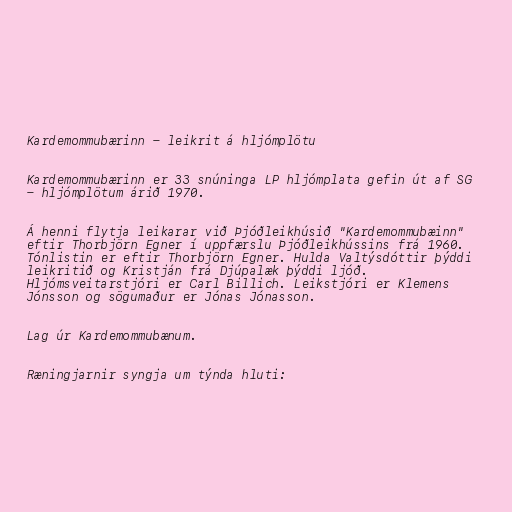
Kardemommubærinn - leikrit á hljómplötu

Kardemommubærinn er 33 snúninga LP hljómplata gefin út af SG
- hljómplötum árið 1970.

Á henni flytja leikarar við Þjóðleikhúsið "Kardemommubæinn"
eftir Thorbjörn Egner í uppfærslu Þjóðleikhússins frá 1960.
Tónlistin er eftir Thorbjörn Egner. Hulda Valtýsdóttir þýddi
leikritið og Kristján frá Djúpalæk þýddi ljóð.
Hljómsveitarstjóri er Carl Billich. Leikstjóri er Klemens
Jónsson og sögumaður er Jónas Jónasson.

Lag úr Kardemommubænum.

Ræningjarnir syngja um týnda hluti: